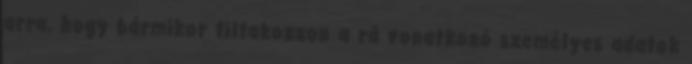
arra, hogy bármikor tiltakozzon a rá vonatkozó személyes adatok